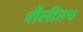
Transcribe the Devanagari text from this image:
शैलीतच